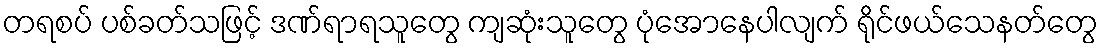
တရစပ် ပစ်ခတ်သဖြင့် ဒဏ်ရာရသူတွေ ကျဆုံးသူတွေ ပုံအောနေပါလျက် ရိုင်ဖယ်သေနတ်တွေ